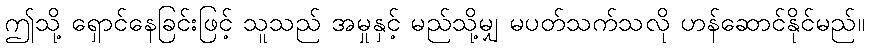
ဤသို့ ရှောင်နေခြင်းဖြင့် သူသည် အမှုနှင့် မည်သို့မျှ မပတ်သက်သလို ဟန်ဆောင်နိုင်မည်။